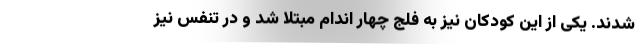
شدند. یکی از این کودکان نیز به فلج چهار اندام مبتلا شد و در تنفس نیز